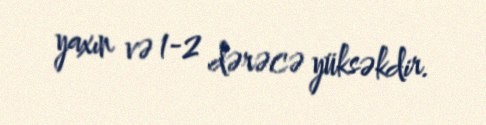
yaxın və 1-2 dərəcə yüksəkdir.